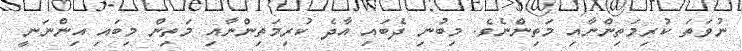
ނުވަތަ ކުރިމަތިންނާއި މަތިންނެވެ. މިބުނި ދެބައި އާދެ ކުރިމަތިންނާއި މަތިން މިބައި އިންނަނީ